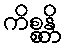
ကိစ္စန္တိ